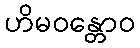
ဟိမဝန္တောဝ